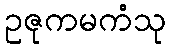
ဥဇုကမကံသု